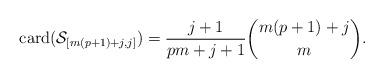
LaTeX: \begin{align*}\mathrm{card}(\mathcal{S}_{[m(p+1)+j,j]})=\frac{j+1}{pm+j+1}\binom{m(p+1)+j}{m}.\end{align*}